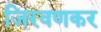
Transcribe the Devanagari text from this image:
जिरवणकर